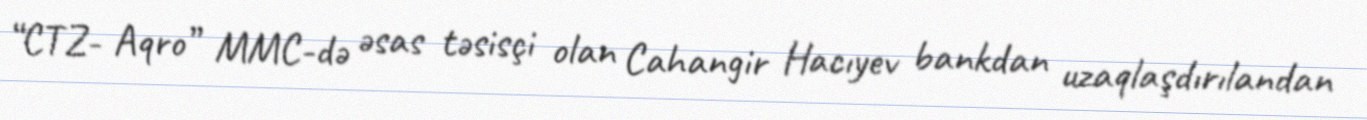
“CTZ- Aqro” MMC-də əsas təsisçi olan Cahangir Hacıyev bankdan uzaqlaşdırılandan